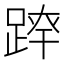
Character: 𨂛